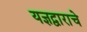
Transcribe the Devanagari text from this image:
यज्ञद्वाराचे